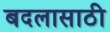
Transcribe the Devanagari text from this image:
बदलासाठी